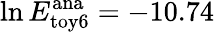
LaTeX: \ln E_{\mathrm{toy6}}^{\mathrm{ana}}=-10.74